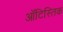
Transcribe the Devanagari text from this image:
ऑटिस्तिक